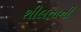
શીલતાની